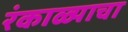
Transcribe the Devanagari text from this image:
रंकाळ्याचा